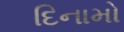
દિનામો